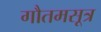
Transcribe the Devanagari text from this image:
गौतमसूत्र